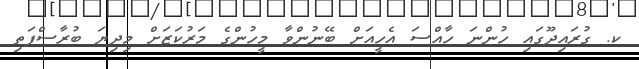
ކ. ގުރައިދޫގައި ހުންނަ ހާއްސަ އެހީއަށް ބޭނުންވާ މީހުންގެ މަރުކަޒަށް މިދިޔަ ބުރާސްފަތި